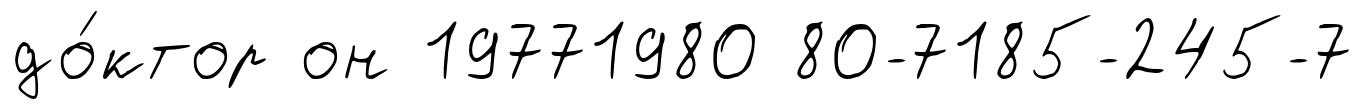
до́ктор он 19771980 80-7185-245-7